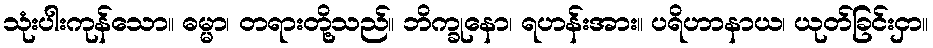
သုံးပါးကုန်သော။ ဓမ္မာ၊ တရားတို့သည်။ ဘိက္ခုနော၊ ရဟန်းအား။ ပရိဟာနာယ၊ ယုတ်ခြင်းငှာ။